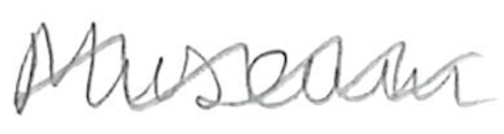
Text: Museum
Cross-out: zig-zag
Writing tool: pencil